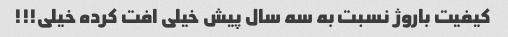
کیفیت باروژ نسبت به سه سال پیش خیلی افت کرده خیلی!!!